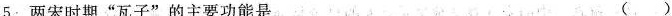
5.两宋时期”瓦子”的主要功能是 ()